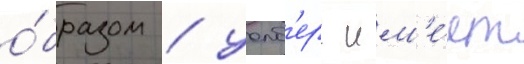
о́бразом / уолб'ерг им'е́ет